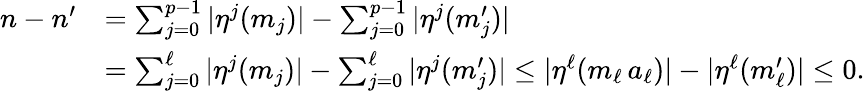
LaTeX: \begin{array}{rl}{n-n^{\prime}}&{=\textstyle\sum_{j=0}^{p-1}|\eta^{j}(m_{j})|-\textstyle\sum_{j=0}^{p-1}|\eta^{j}(m_{j}^{\prime})|}\\ &{=\textstyle\sum_{j=0}^{\ell}|\eta^{j}(m_{j})|-\textstyle\sum_{j=0}^{\ell}|\eta^{j}(m_{j}^{\prime})|\leq|\eta^{\ell}(m_{\ell}\, a_{\ell})|-|\eta^{\ell}(m_{\ell}^{\prime})|\leq 0.}\end{array}